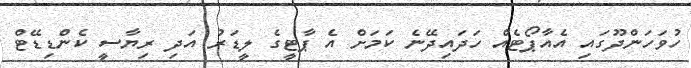
ހުވަހަންދޫގައި އެއާޕޯޓެއް ހަދައިދޭނެ ކަމަށް އެ ޕާޓީގެ ލީޑަރު އަދި ރިޔާސީ ކެންޑިޑޭޓް